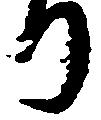
り